Civil Veterinary Department Bengal reports 1933-51 - 1933-1951
Year: 1933
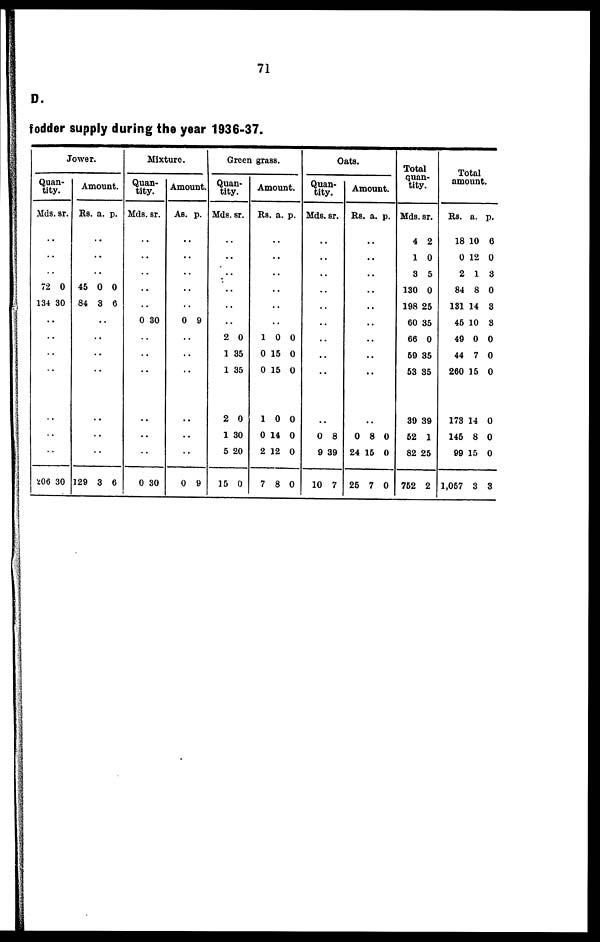
71
D.
fodder supply during the year 1936-37.
Jower.
Quan-
tity.
Mds. sr.
..
..
..
72 0
134 30
..
..
..
..
..
..
..
206 30
Amount.
Rs. a. p.
..
..
..
45 0 0
84 3 6
..
..
..
..
..
..
..
129 3 6
Mixture.
Quan-
tity.
Mds. sr.
..
..
..
..
..
0 30
..
..
..
..
..
..
0 30
Amount.
As. p.
..
..
..
..
..
0 9
..
..
..
..
..
..
0 9
Green grass.
Quan-
tity.
Mds. sr.
..
..
..
..
..
..
2 0
1 35
1 35
2 0
1 30
5 20
15 0
Amount.
Rs. a. p.
..
..
..
..
..
..
1 0 0
0 15 0
0 15 0
1 0 0
0 14 0
2 12 0
7 8 0
Oats.
Quan-
tity.
Mds. sr.
..
..
..
..
..
..
..
..
..
..
0 8
9 39
10 7
Amount.
Rs. a. p.
..
..
..
..
..
..
..
..
..
..
0 8 0
24 15 0
25 7 0
Total
quan-
tity.
Mds. sr.
4 2
1 0
3 5
130 0
198 25
60 35
66 0
69 35
53 35
39 39
62 1
82 25
752 2
Total
amount.
Rs. a. p.
18 10 6
0 12 0
2 1 3
84 8 0
131 14 3
45 10 3
49 0 0
44 7 0
260 15 0
173 14 0
145 8 0
99 15 0
1,057 3 3